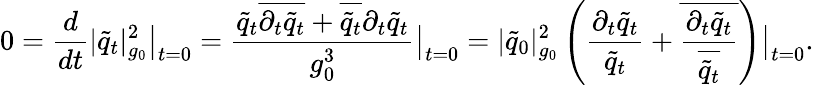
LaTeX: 0=\frac{d}{dt}|\tilde{q}_{t}|_{g_{0}}^{2}\big|_{t=0}=\frac{\tilde{q}_{t}\overline{{\partial_{t}{\tilde{q}}_{t}}}+\overline{{\tilde{q}_{t}}}{\partial_{t}{\tilde{q}}_{t}}}{g_{0}^{3}}\big|_{t=0}=|\tilde{q}_{0}|_{g_{0}}^{2}\left(\frac{\partial_{t}\tilde{q}_{t}}{\tilde{q}_{t}}+\overline{{\frac{\partial_{t}\tilde{q}_{t}}{\overline{{\tilde{q}_{t}}}}}}\right)\big|_{t=0}.